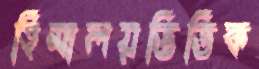
হিমালয়ভিত্তিক